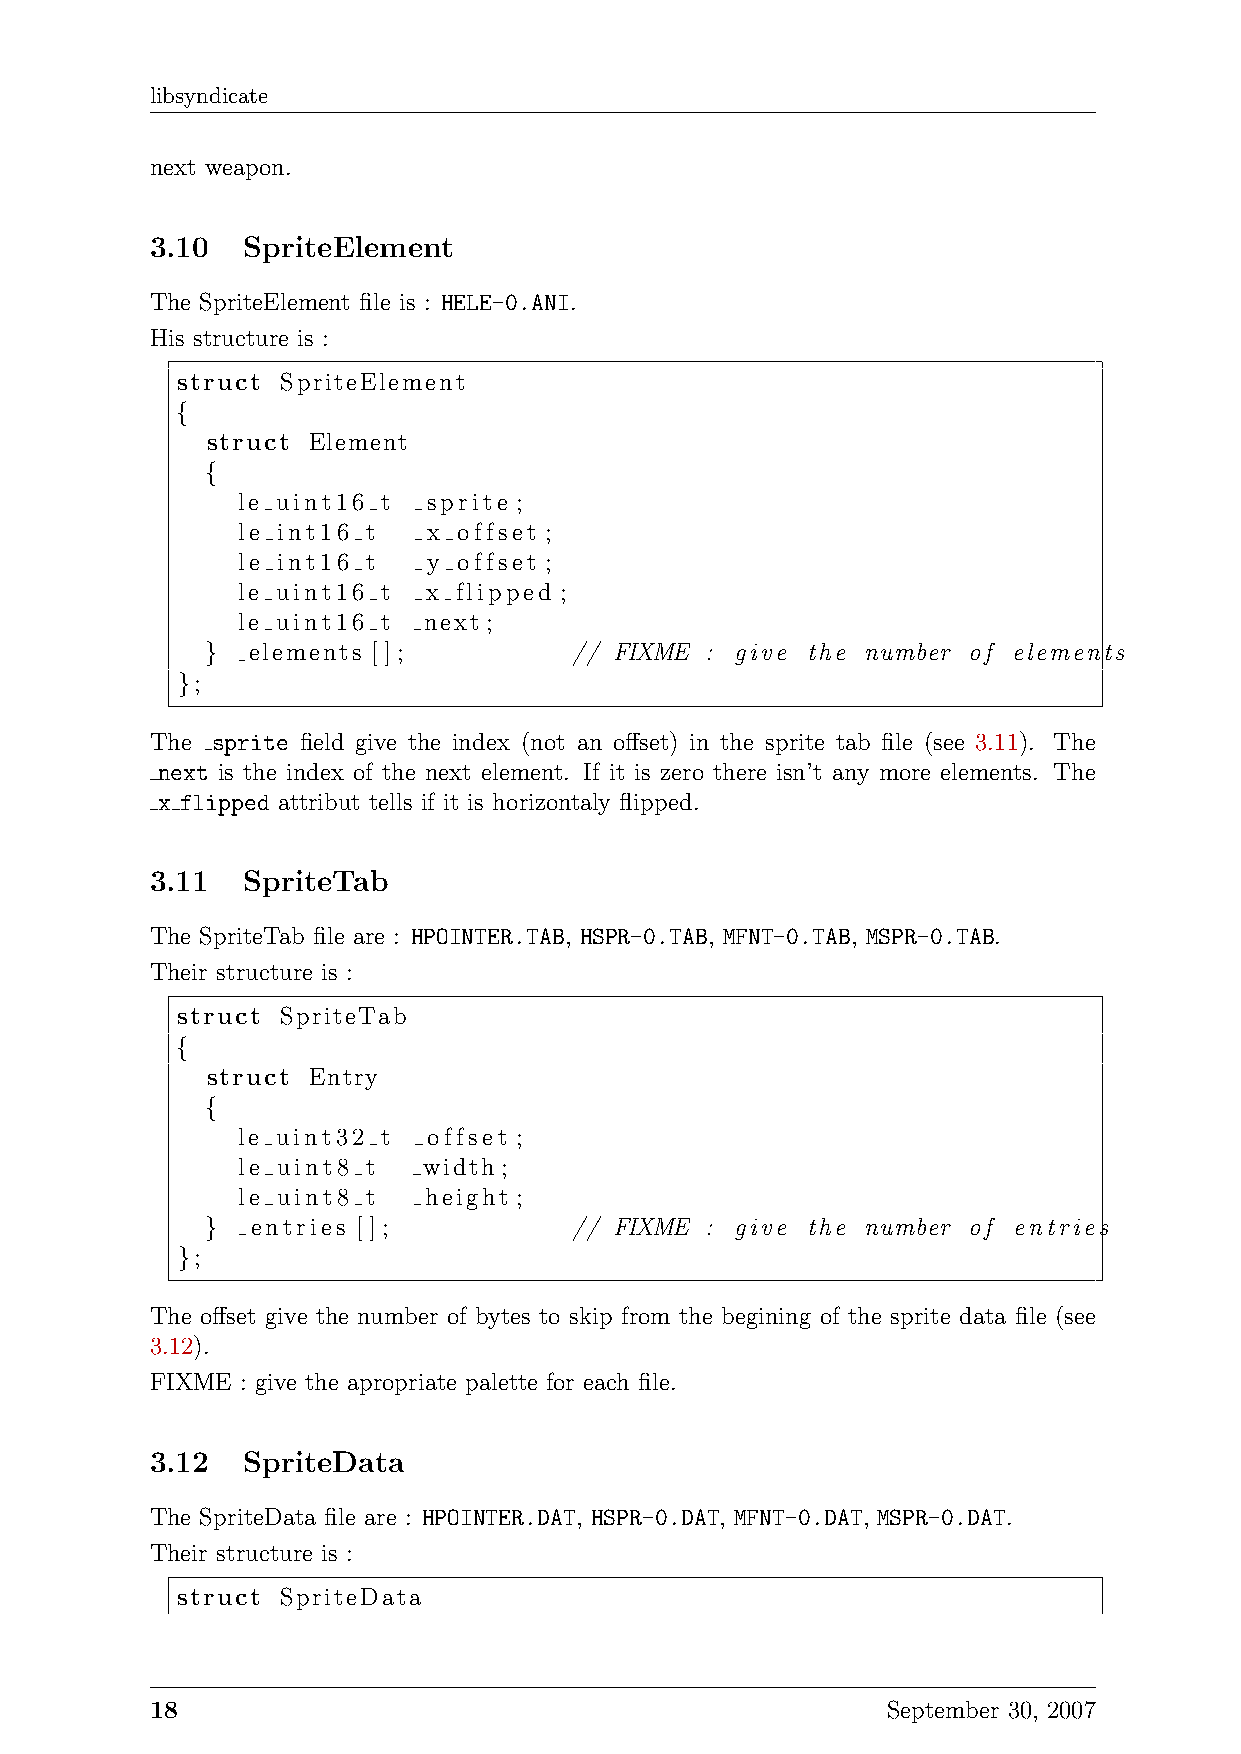
libsyndicate
 next weapon.
 3.10  SpriteElement
 The SpriteElement file is : HELE-0.ANI.
 His structure is :
 struct SpriteElement
 {
 struct Element
 {
 le uint16 t sprite ;
 le int16 t  x offset ;
 le int16 t  y offset ;
 le uint16 t x flipped ;
 le uint16 t next ;
 } elements [];          // FIXME : give the number of elements
 };
 The sprite field give the index (not an offset) in the sprite tab file (see 3.11). The
 next is the index of the next element. If it is zero there isn’t any more elements. The
 x flipped attribut tells if it is horizontaly flipped.
 3.11  SpriteTab
 The SpriteTab file are : HPOINTER.TAB, HSPR-0.TAB, MFNT-0.TAB, MSPR-0.TAB.
 Their structure is :
 struct SpriteTab
 {
 struct Entry
 {
 le uint32 t offset ;
 le uint8 t  width ;
 le uint8 t  height ;
 }  entries [];          // FIXME : give the number of entries
 };
 The offset give the number of bytes to skip from the begining of the sprite data file (see
 3.12).
 FIXME : give the apropriate palette for each file.
 3.12  SpriteData
 The SpriteData file are : HPOINTER.DAT, HSPR-0.DAT, MFNT-0.DAT, MSPR-0.DAT.
 Their structure is :
 struct SpriteData
 18                                               September 30, 2007